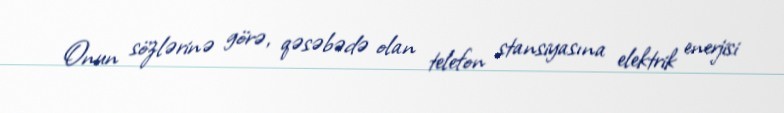
Onun sözlərinə görə, qəsəbədə olan telefon stansiyasına elektrik enerjisi